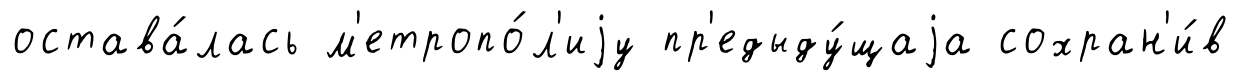
остава́лась м'етропо́л'иjу пр'едыду́щаjа сохран'и́в